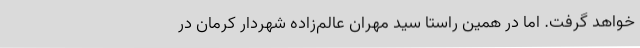
خواهد گرفت. اما در همین راستا سید مهران عالم‌زاده شهردار کرمان در